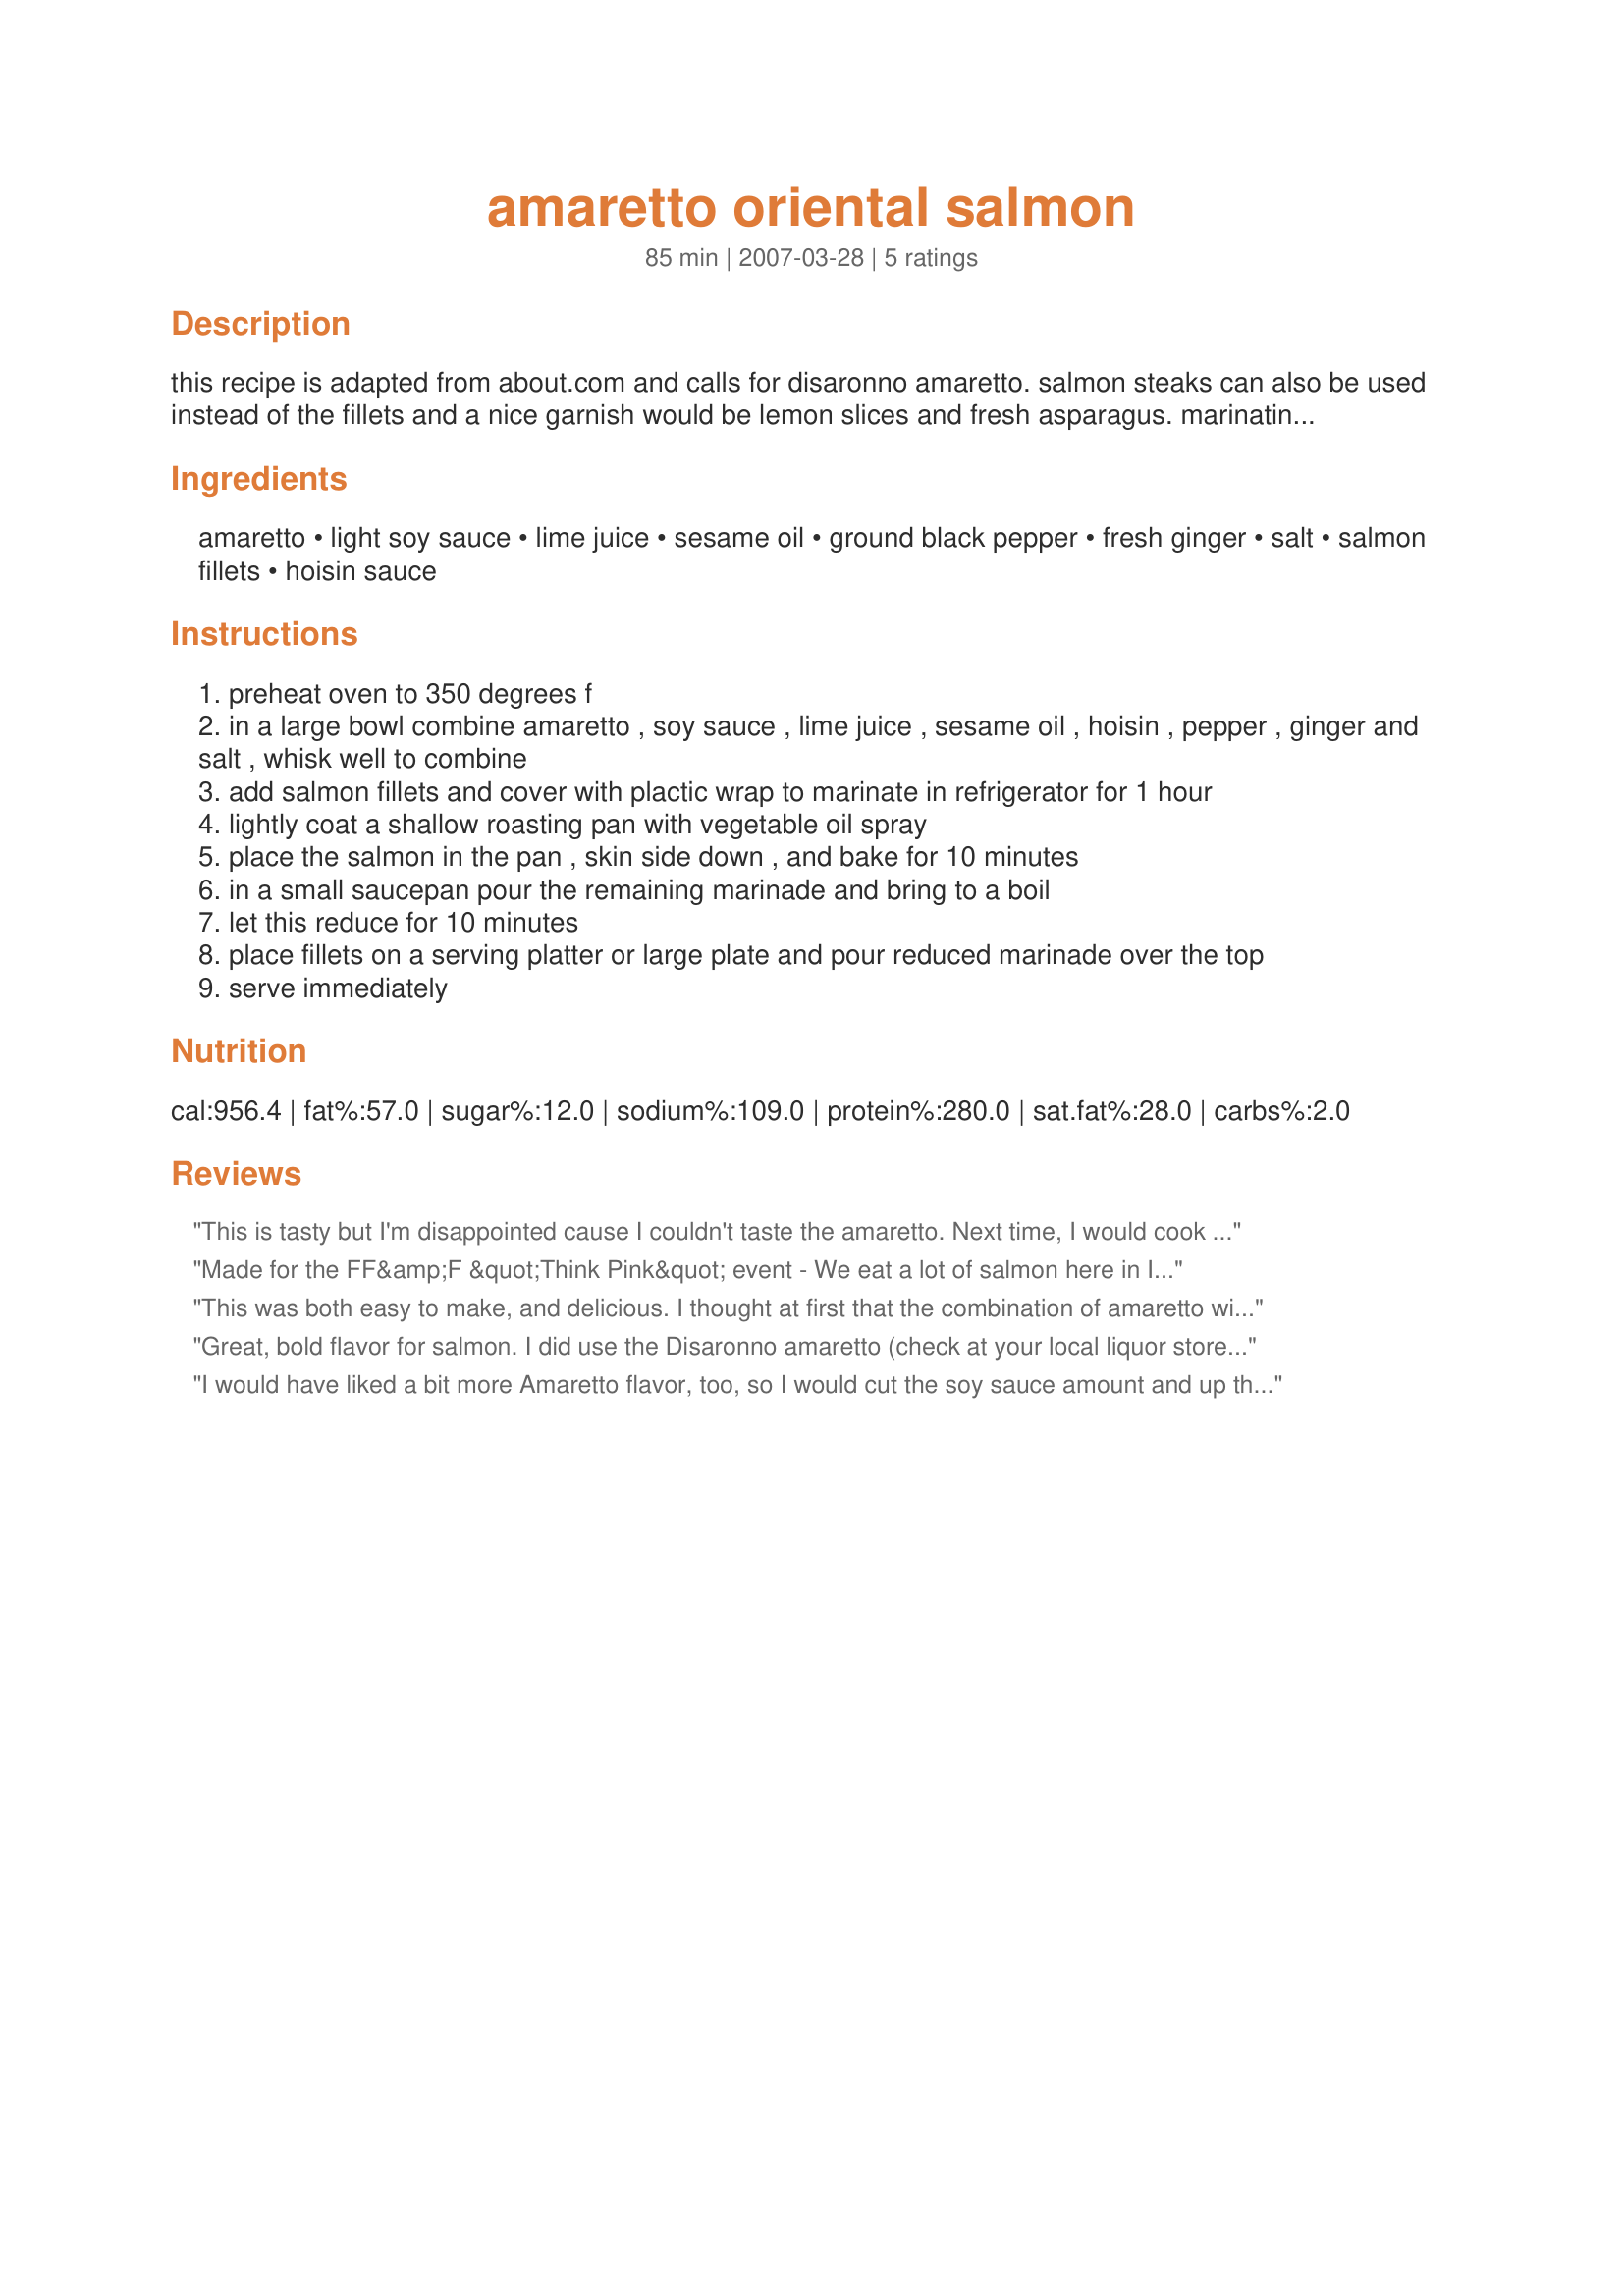
amaretto oriental salmon
Preparation time: 85 minutes

this recipe is adapted from about.com and calls for disaronno amaretto. salmon steaks can also be used instead of the fillets and a nice garnish would be lemon slices and fresh asparagus. marinating time in the refrigerator is included in preparation time.

Ingredients:
amaretto, light soy sauce, lime juice, sesame oil, ground black pepper, fresh ginger, salt, salmon fillets, hoisin sauce

Steps:
preheat oven to 350 degrees f
in a large bowl combine amaretto , soy sauce , lime juice , sesame oil , hoisin , pepper , ginger and salt , whisk well to combine
add salmon fillets and cover with plactic wrap to marinate in refrigerator for 1 hour
lightly coat a shallow roasting pan with vegetable oil spray
place the salmon in the pan , skin side down , and bake for 10 minutes
in a small saucepan pour the remaining marinade and bring to a boil
let this reduce for 10 minutes
place fillets on a serving platter or large plate and pour reduced marinade over the top
serve immediately

Reviews:
This is tasty but I'm disappointed cause I couldn't taste the amaretto. Next time, I would cook the salmon with the marinade. Thanks Lauralie :) Made for the Zwizzle Chicks of ZWT
Made for the FF&amp;F &quot;Think Pink&quot; event - We eat a lot of salmon here in Iceland, prefer it oven-baked &amp; well-flavored &amp; have 2 marinades we use regularly for it. 1 is mango-based &amp; the other is cognac-based. This is another that we esp enjoyed. I made the recipe as written except that I did not fully reduce the sauce as I did not want it to become so strong that it masked the lovely salmon flavor. It was served w/rice as another reviewer suggested. This was a big success w/us, Lori. Thx for sharing the recipe w/us. :-)
This was both easy to make, and delicious. I thought at first that the combination of amaretto with the other flavors would be a bit odd, but it worked beautifully. Instead of baking in the oven, I baked this on a foil tray on the grill, which worked nicely (and no dishes to clean up). For the 3 of us, I used a 12 ounce boneless fillet, and a full recipe of marinade. For us, this was the perfect amount. A definite make again! Made for the Seasoned Sailor and his Sassy Sirens, ZWT6
Great, bold flavor for salmon. I did use the Disaronno amaretto (check at your local liquor store to see if they sell this in small 2 oz. bottles..I bought 2 small bottles for @ $4.00 and it was more than enough). I particulaly liked the flavor of the sesame oil in this dish. I highly recommend serving this alongside a rice dish. The sauce flavor is strong and rice would balance the flavors out nicely. Thank you for the recipe! :-)
I would have liked a bit more Amaretto flavor, too, so I would cut the soy sauce amount and up the Amaretto amount next time. Still, this was very tasty and cooking time was right on. The marinade boiled down to a nice, thick sauce. Made for tag game at kittencalskitchen.com
